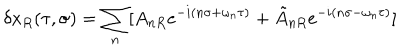
LaTeX: \delta x _ { R } ( \tau , \sigma ) = \sum _ { n } [ A _ { n R } e ^ { - i ( n \sigma + \omega _ { n } \tau ) } + \tilde { A } _ { n R } e ^ { - i ( n \sigma - \omega _ { n } \tau ) } ]